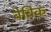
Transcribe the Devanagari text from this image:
बेविक